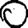
Digit: 0